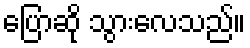
ပြောဆို သွားလေသည်။